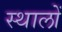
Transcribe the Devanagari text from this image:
स्थालों